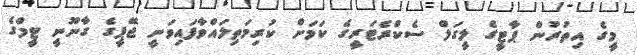
މީގެ އިތުރުން ޕާޓީގެ ލީގަލް ސެކްރެޓަރީގެ ކަމަށް ކުރިމަތިލައްވާފައިވަނީ ޖޭޕީގެ ގާނޫނީ ޓީމްގެ